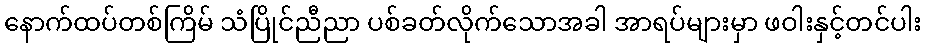
နောက်ထပ်တစ်ကြိမ် သံပြိုင်ညီညာ ပစ်ခတ်လိုက်သောအခါ အာရပ်များမှာ ဖဝါးနှင့်တင်ပါး